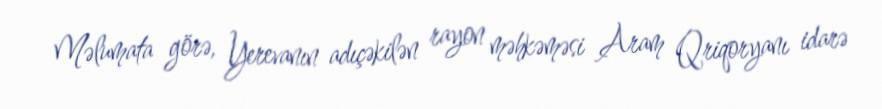
Məlumata görə, Yerevanın adıçəkilən rayon məhkəməsi Aram Qriqoryanı idarə